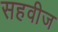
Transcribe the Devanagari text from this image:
सहवीज